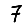
Digit: 7